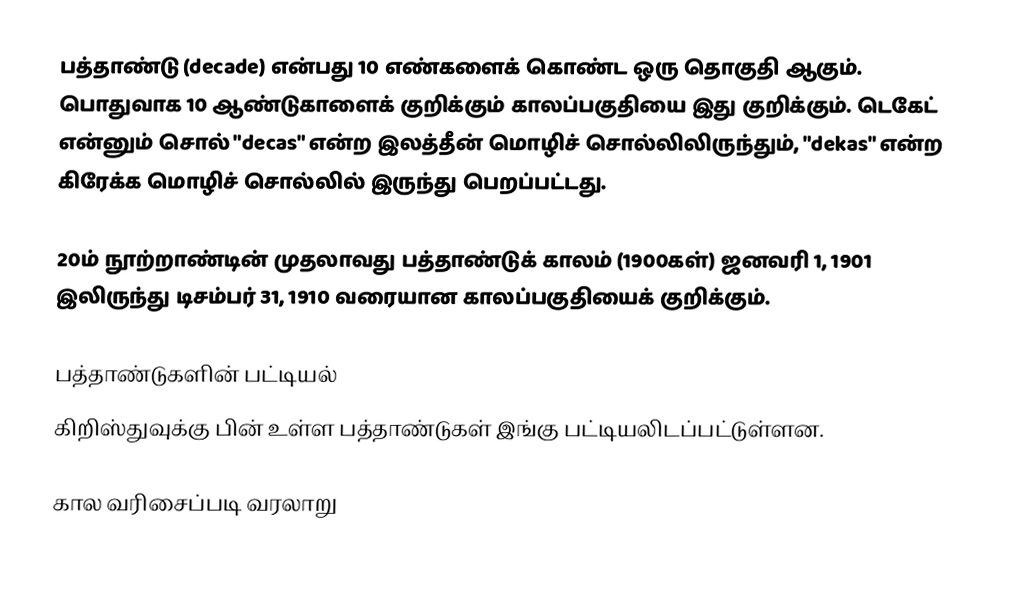
பத்தாண்டு (decade) என்பது 10 எண்களைக் கொண்ட ஒரு தொகுதி ஆகும். பொதுவாக 10 ஆண்டுகாளைக் குறிக்கும் காலப்பகுதியை இது குறிக்கும். டெகேட் என்னும் சொல் "decas" என்ற இலத்தீன் மொழிச் சொல்லிலிருந்தும், "dekas" என்ற கிரேக்க மொழிச் சொல்லில் இருந்து பெறப்பட்டது.

20ம் நூற்றாண்டின் முதலாவது பத்தாண்டுக் காலம் (1900கள்) ஜனவரி 1, 1901 இலிருந்து டிசம்பர் 31, 1910 வரையான காலப்பகுதியைக் குறிக்கும்.

பத்தாண்டுகளின் பட்டியல்
கிறிஸ்துவுக்கு பின் உள்ள பத்தாண்டுகள் இங்கு பட்டியலிடப்பட்டுள்ளன.

கால வரிசைப்படி வரலாறு